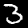
Digit: 3